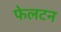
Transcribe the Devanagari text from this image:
फेलटन